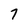
Character: 7